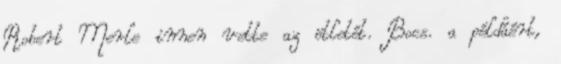
Robert Merle innen vette az ötletét. Bocs. a példáért,